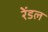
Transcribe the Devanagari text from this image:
रेंडल